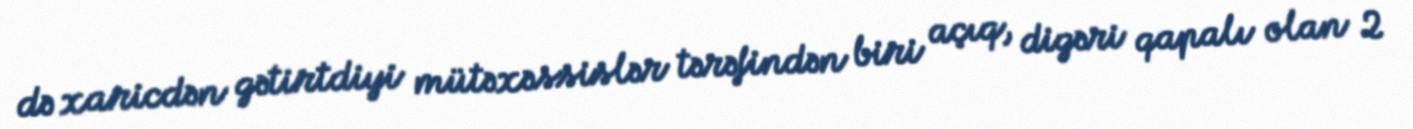
də xaricdən gətirtdiyi mütəxəssislər tərəfindən biri açıq, digəri qapalı olan 2